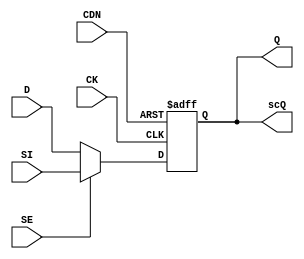
// This program was cloned from: https://github.com/intel/aib-phy-hardware
// License: Apache License 2.0

// SPDX-License-Identifier: Apache-2.0
// Copyright (C) 2019 Intel Corporation. All rights reserved
// Library - aibcr3_lib, View - schematic
// `timescale 1ns / 1ns 

module aibcr3_svt16_scdffcdn_cust ( Q, scQ, 
     CDN, CK, D, SE, SI );

output  Q, scQ;

input  CDN, CK, D, SE, SI;

wire Q, net023, se_n, SI, D;
reg  scQ;

assign se_n = !SE;
assign Q = scQ;
assign net023 = se_n ? D : SI;

always@(posedge CK or negedge CDN) begin
        if (!CDN) begin
                scQ <= 1'b0;
        end
        else begin
                scQ <= net023;
        end
end

endmodule